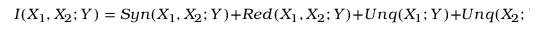
I ( X _ { 1 } , X _ { 2 } ; Y ) = S y n ( X _ { 1 } , X _ { 2 } ; Y ) + R e d ( X _ { 1 } , X _ { 2 } ; Y ) + U n q ( X _ { 1 } ; Y ) + U n q ( X _ { 2 } ; Y ) .